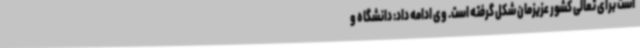
است برای تعالی کشور عزیزمان شکل گرفته است. وی ادامه داد: دانشگاه و